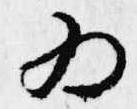
為